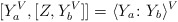
\begin{align*}[Y_a^V,[Z,Y_b^V]]=\langle Y_a \colon Y_b\rangle^V\end{align*}